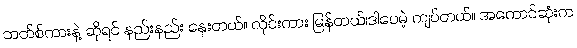
ဘတ်စ်ကားနဲ့ ဆိုရင် နည်းနည်း နှေးတယ်။ လိုင်းကား မြန်တယ်၊ဒါပေမဲ့ ကျပ်တယ်။ အကောင်ဆုံးက